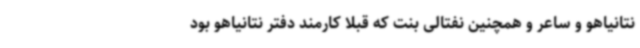
نتانیاهو و ساعر و همچنین نفتالی بنت که قبلا کارمند دفتر نتانیاهو بود